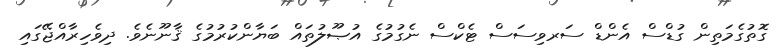
ގޮތުގެމަތިން ގުޑްސް އެންޑް ސަރވިސަސް ޓެކްސް ނެގުމުގެ އުޞޫލުތައް ބަޔާންކުރުމުގެ ޤާނޫނެވެ. ދިވެހިރާއްޖޭގައި